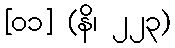
[၀၁] (နိ၊ ၂၂၃)